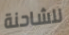
للشاحنة